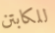
للكابتن